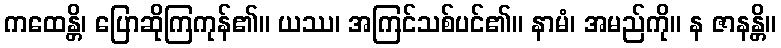
ကထေန္တိ၊ ပြောဆိုကြကုန်၏။ ယဿ၊ အကြင်သစ်ပင်၏။ နာမံ၊ အမည်ကို။ န ဇာနန္တိ။